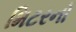
મિટરનો